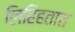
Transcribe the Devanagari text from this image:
लिहिहतात